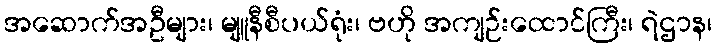
အဆောက်အဦများ၊ မျူနီစီပယ်ရုံး၊ ဗဟို အကျဉ်းထောင်ကြီး၊ ရဲဌာန၊